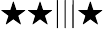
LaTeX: \bigstar\bigstar|||\bigstar